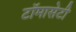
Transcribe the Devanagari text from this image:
टाॅमासेटी